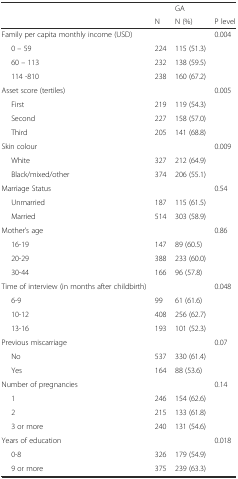
<table><thead><tr><td></td><td></td><td><b>GA</b></td><td></td></tr><tr><td></td><td><b>N</b></td><td><b>N (%)</b></td><td><b>P level</b></td></tr></thead><tbody><tr><td>Family per capita monthly income (USD)</td><td></td><td></td><td>0.004</td></tr><tr><td>0 – 59</td><td>224</td><td>115 (51.3)</td><td></td></tr><tr><td>60 – 113</td><td>232</td><td>138 (59.5)</td><td></td></tr><tr><td>114 -810</td><td>238</td><td>160 (67.2)</td><td></td></tr><tr><td>Asset score (tertiles)</td><td></td><td></td><td>0.005</td></tr><tr><td>First</td><td>219</td><td>119 (54.3)</td><td></td></tr><tr><td>Second</td><td>227</td><td>158 (57.0)</td><td></td></tr><tr><td>Third</td><td>205</td><td>141 (68.8)</td><td></td></tr><tr><td>Skin colour</td><td></td><td></td><td>0.009</td></tr><tr><td>White</td><td>327</td><td>212 (64.9)</td><td></td></tr><tr><td>Black/mixed/other</td><td>374</td><td>206 (55.1)</td><td></td></tr><tr><td>Marriage Status</td><td></td><td></td><td>0.54</td></tr><tr><td>Unmarried</td><td>187</td><td>115 (61.5)</td><td></td></tr><tr><td>Married</td><td>514</td><td>303 (58.9)</td><td></td></tr><tr><td>Mother’s age</td><td></td><td></td><td>0.86</td></tr><tr><td>16-19</td><td>147</td><td>89 (60.5)</td><td></td></tr><tr><td>20-29</td><td>388</td><td>233 (60.0)</td><td></td></tr><tr><td>30-44</td><td>166</td><td>96 (57.8)</td><td></td></tr><tr><td>Time of interview (in months after childbirth)</td><td></td><td></td><td>0.048</td></tr><tr><td>6-9</td><td>99</td><td>61 (61.6)</td><td></td></tr><tr><td>10-12</td><td>408</td><td>256 (62.7)</td><td></td></tr><tr><td>13-16</td><td>193</td><td>101 (52.3)</td><td></td></tr><tr><td>Previous miscarriage</td><td></td><td></td><td>0.07</td></tr><tr><td>No</td><td>537</td><td>330 (61.4)</td><td></td></tr><tr><td>Yes</td><td>164</td><td>88 (53.6)</td><td></td></tr><tr><td>Number of pregnancies</td><td></td><td></td><td>0.14</td></tr><tr><td>1</td><td>246</td><td>154 (62.6)</td><td></td></tr><tr><td>2</td><td>215</td><td>133 (61.8)</td><td></td></tr><tr><td>3 or more</td><td>240</td><td>131 (54.6)</td><td></td></tr><tr><td>Years of education</td><td></td><td></td><td>0.018</td></tr><tr><td>0-8</td><td>326</td><td>179 (54.9)</td><td></td></tr><tr><td>9 or more</td><td>375</td><td>239 (63.3)</td><td></td></tr></tbody></table>